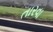
તારવા